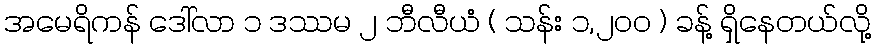
အမေရိကန် ဒေါ်လာ ၁ ဒဿမ ၂ ဘီလီယံ ( သန်း ၁,၂၀၀ ) ခန့် ရှိနေတယ်လို့